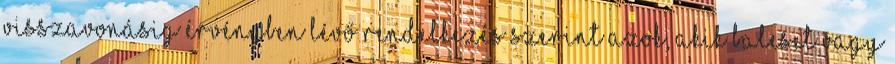
visszavonásig érvényben lévő rendelkezés szerint azok, akik baleset vagy